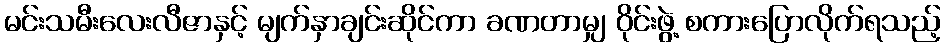
မင်းသမီးလေးလီဇာနှင့် မျက်နှာချင်းဆိုင်ကာ ခဏတာမျှ ဝိုင်းဖွဲ့ စကားပြောလိုက်ရသည့်